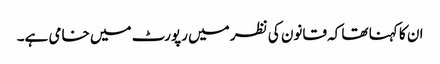
ان کا کہنا تھا کہ قانون کی نظر میں رپورٹ میں خامی ہے۔